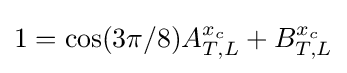
1=\cos(3\pi /8)A_{T,L}^{x_{c}}+B_{T,L}^{x_{c}}